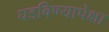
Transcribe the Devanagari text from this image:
घडविण्यापेक्षा